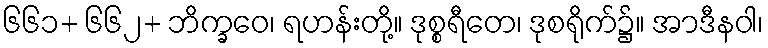
၆၆၁+ ၆၆၂+ ဘိက္ခဝေ၊ ရဟန်းတို့။ ဒုစ္စရီတေ၊ ဒုစရိုက်၌။ အာဒီနဝါ၊